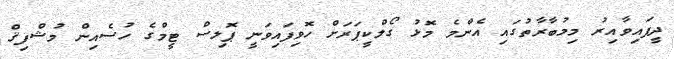
ދީފައިވާއިރު މިމުބާރާތުގައި އެންމެ މޮޅު ގޯލްކީޕަރަށް ހޮވިފައިވަނީ ޕޮލިސް ޓީމްގެ ހުސެއިން މުޝްފިޤް